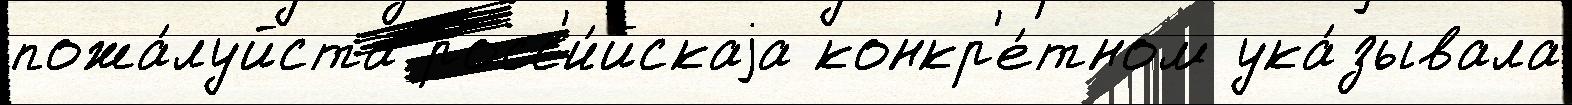
пожа́луйста росс'и́йскаjа конкр'е́тном ука́зывала